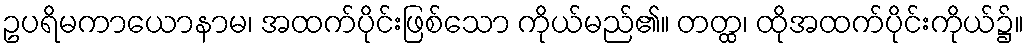
ဥပရိမကာယောနာမ၊ အထက်ပိုင်းဖြစ်သော ကိုယ်မည်၏။ တတ္ထ၊ ထိုအထက်ပိုင်းကိုယ်၌။